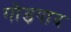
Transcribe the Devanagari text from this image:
गोड़पाद